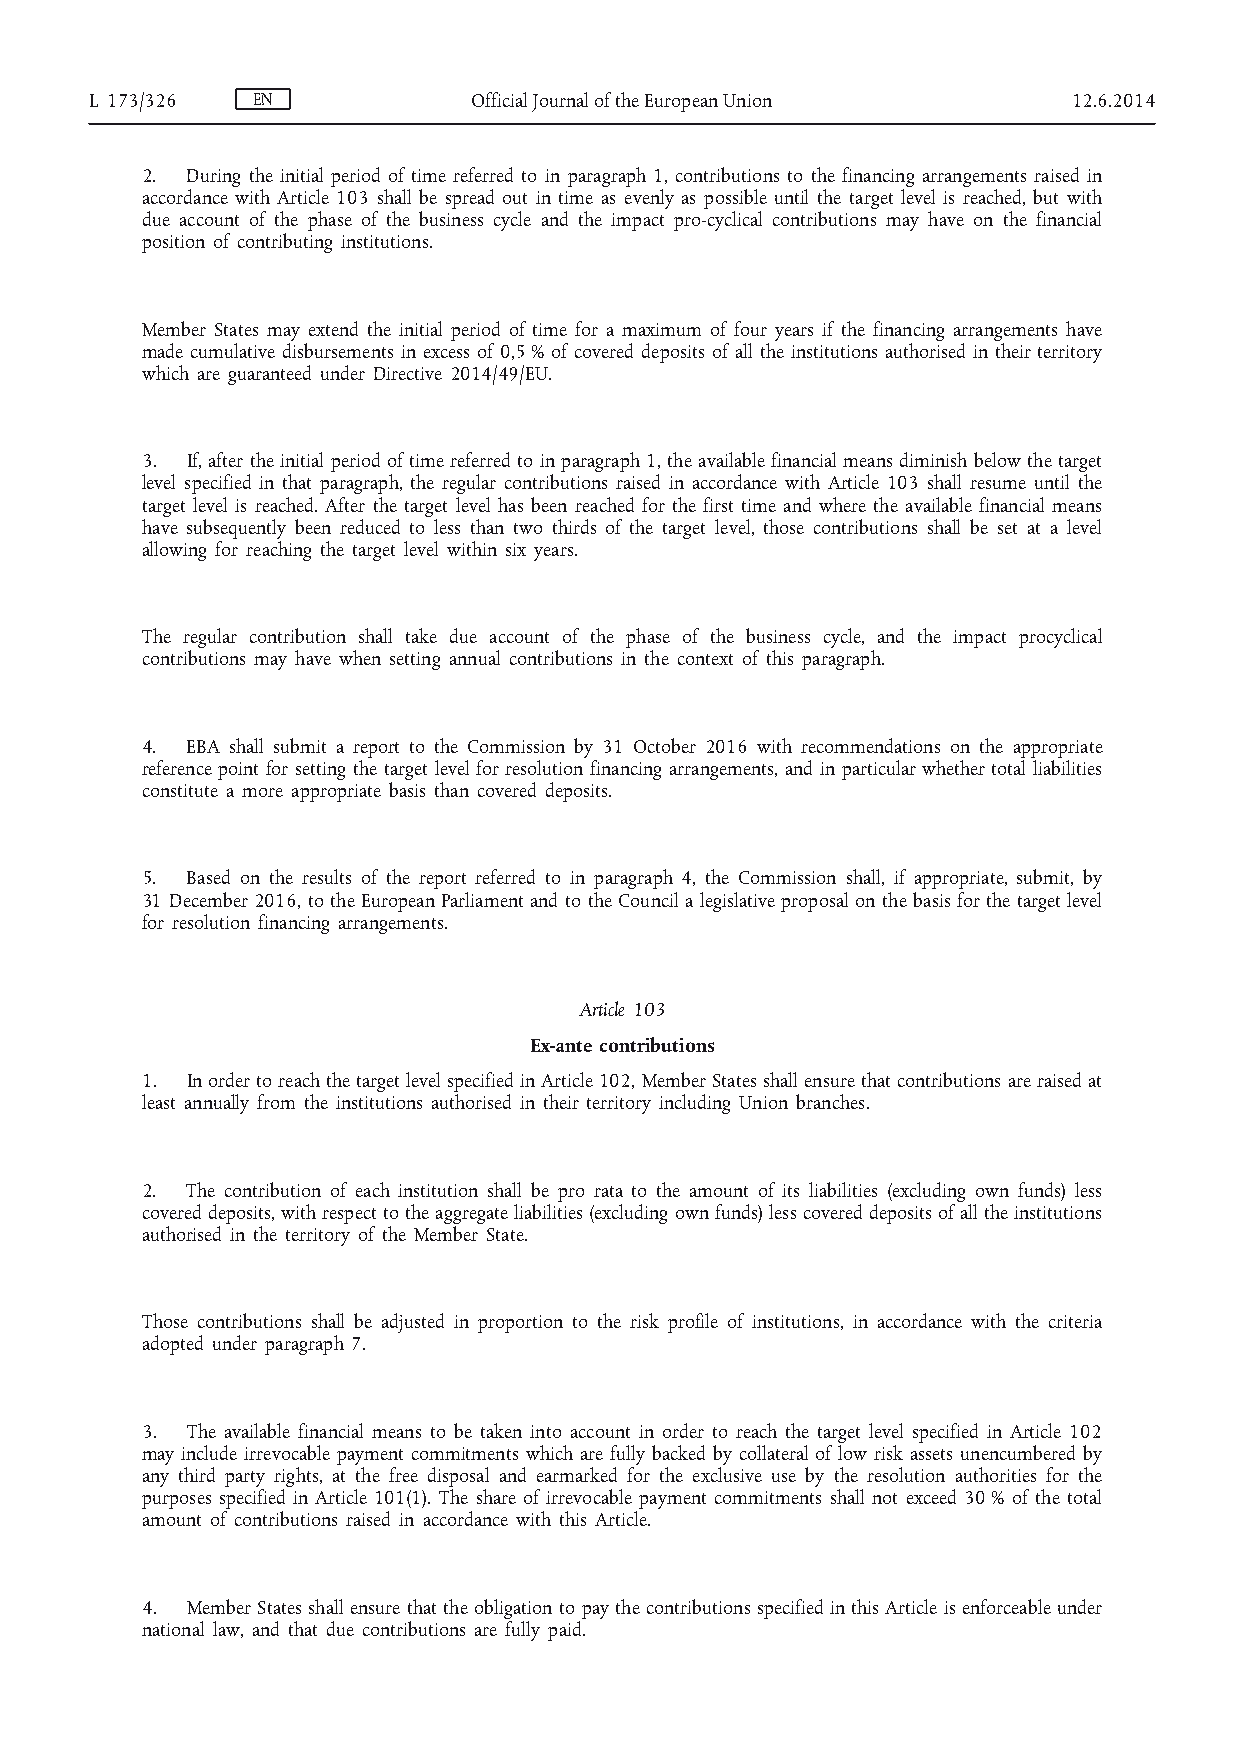
L 173/326  EN            Official Journal of the European Union  12.6.2014
 2. During the initial period of time referred to in paragraph 1, contributions to the financing arrangements raised in
 accordance with Article 103 shall be spread out in time as evenly as possible until the target level is reached, but with
 due account of the phase of the business cycle and the impact pro-cyclical contributions may have on the financial
 position of contributing institutions.
 Member States may extend the initial period of time for a maximum of four years if the financing arrangements have
 made cumulative disbursements in excess of 0,5 % of covered deposits of all the institutions authorised in their territory
 which are guaranteed under Directive 2014/49/EU.
 3. If, after the initial period of time referred to in paragraph 1, the available financial means diminish below the target
 level specified in that paragraph, the regular contributions raised in accordance with Article 103 shall resume until the
 target level is reached. After the target level has been reached for the first time and where the available financial means
 have subsequently been reduced to less than two thirds of the target level, those contributions shall be set at a level
 allowing for reaching the target level within six years.
 The regular contribution shall take due account of the phase of the business cycle, and the impact procyclical
 contributions may have when setting annual contributions in the context of this paragraph.
 4. EBA shall submit a report to the Commission by 31 October 2016 with recommendations on the appropriate
 reference point for setting the target level for resolution financing arrangements, and in particular whether total liabilities
 constitute a more appropriate basis than covered deposits.
 5. Based on the results of the report referred to in paragraph 4, the Commission shall, if appropriate, submit, by
 31 December 2016, to the European Parliament and to the Council a legislative proposal on the basis for the target level
 for resolution financing arrangements.
 Article 103
 Ex-ante contributions
 1. In order to reach the target level specified in Article 102, Member States shall ensure that contributions are raised at
 least annually from the institutions authorised in their territory including Union branches.
 2. The contribution of each institution shall be pro rata to the amount of its liabilities (excluding own funds) less
 covered deposits, with respect to the aggregate liabilities (excluding own funds) less covered deposits of all the institutions
 authorised in the territory of the Member State.
 Those contributions shall be adjusted in proportion to the risk profile of institutions, in accordance with the criteria
 adopted under paragraph 7.
 3. The available financial means to be taken into account in order to reach the target level specified in Article 102
 may include irrevocable payment commitments which are fully backed by collateral of low risk assets unencumbered by
 any third party rights, at the free disposal and earmarked for the exclusive use by the resolution authorities for the
 purposes specified in Article 101(1). The share of irrevocable payment commitments shall not exceed 30 % of the total
 amount of contributions raised in accordance with this Article.
 4. Member States shall ensure that the obligation to pay the contributions specified in this Article is enforceable under
 national law, and that due contributions are fully paid.